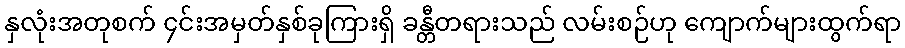
နှလုံးအတုစက် ၄င်းအမှတ်နှစ်ခုကြားရှိ ခန္တီတရားသည် လမ်းစဉ်ဟု ကျောက်များထွက်ရာ